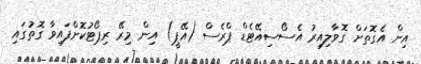
އިން އެގޮތަށް ގޮވާލިއިރު އެސޯސިއޭޓެޑް ޕްރެސް (އޭޕީ) އިން މިރޭ ރިޕޯޓުކޮށްފައިވާ ގޮތުގައި